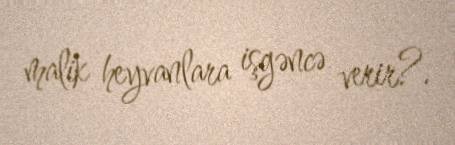
malik heyvanlara işgəncə verir?.